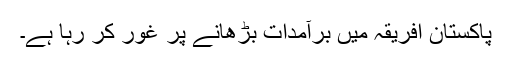
پاکستان افریقہ میں برآمدات بڑھانے پر غور کر رہا ہے۔